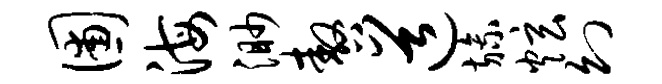
圃海渺嗷道旒炫幻